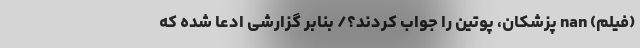
(فیلم) nan پزشکان، پوتین را جواب کردند؟/ بنابر گزارشی ادعا شده که